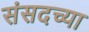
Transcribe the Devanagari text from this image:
संसदच्या